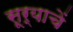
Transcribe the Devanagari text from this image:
सूर्याचें